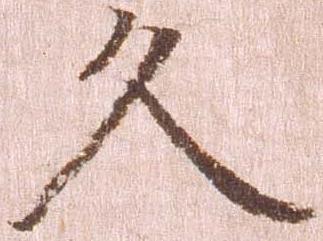
久